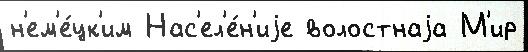
н'ем'е́цк'им Нас'ел'е́н'иjе волостнаjа М'ир